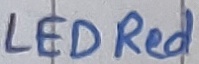
Text: LED Red